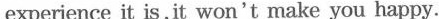
experience it is,it won't make you happy.